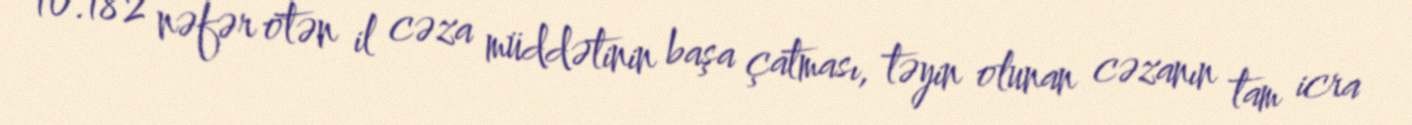
10.182 nəfər ötən il cəza müddətinin başa çatması, təyin olunan cəzanın tam icra